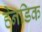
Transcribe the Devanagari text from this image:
हेनडिक